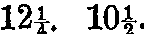
12¼. 10½.